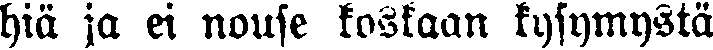
hiä ja ei nouse koskaan kysymystä